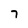
Character: 7